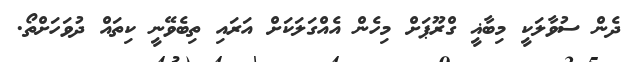
ދެން ސުވާލަކީ މިބާޣީ ގްރޫޕަށް މިހެން އެއްގަލަކަށް އަރައި ތިބެވޭނީ ކިތައް ދުވަހަށްތޯ.